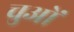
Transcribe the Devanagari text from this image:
चुओं